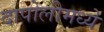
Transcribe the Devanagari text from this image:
दापोलीमध्ये